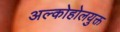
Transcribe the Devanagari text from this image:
अल्कोहोलयुक्त